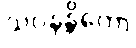
သဝနန္တိကော